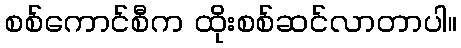
စစ်ကောင်စီက ထိုးစစ်ဆင်လာတာပါ။